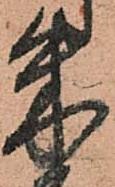
朱